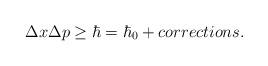
LaTeX: \begin{align*}\Delta x \Delta p\ge \hbar=\hbar_0+ corrections.\end{align*}